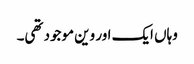
وہاں ایک اور وین موجود تھی۔